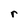
Character: r